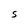
Character: S